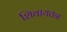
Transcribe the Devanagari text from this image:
शिवायतन